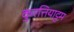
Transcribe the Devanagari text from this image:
कुरत्तियाट्टम